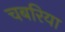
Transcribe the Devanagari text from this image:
चबरिया